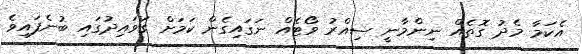
އެކަމާ މެދު ގޮތެއް ނިންމާނީ ސިއްރު ވޯޓެއް ނަގައިގެން ކަމަށް ގަވައިދުގައި ބުނެފައިވެ